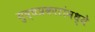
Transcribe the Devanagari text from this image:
युद्धप्रकारांमध्ये